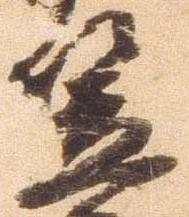
笠